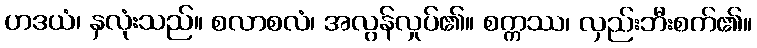
ဟဒယံ၊ နှလုံးသည်။ စလာစလံ၊ အလွန်လှုပ်၏။ စက္ကဿ၊ လှည်းဘီးစက်၏။